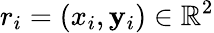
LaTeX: r_{i}=(x_{i},\mathbf{y}_{i})\in\mathbb{{R}}^{2}